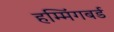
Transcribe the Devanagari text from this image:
हम्मिंगबर्ड